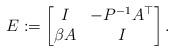
LaTeX: \begin{align*} E:=\begin{bmatrix} I&-P^{-1}A^\top\\ \beta A&I \end{bmatrix}. \end{align*}